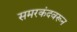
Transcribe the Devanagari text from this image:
समरकंदवरून